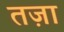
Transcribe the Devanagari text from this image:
तज़ा